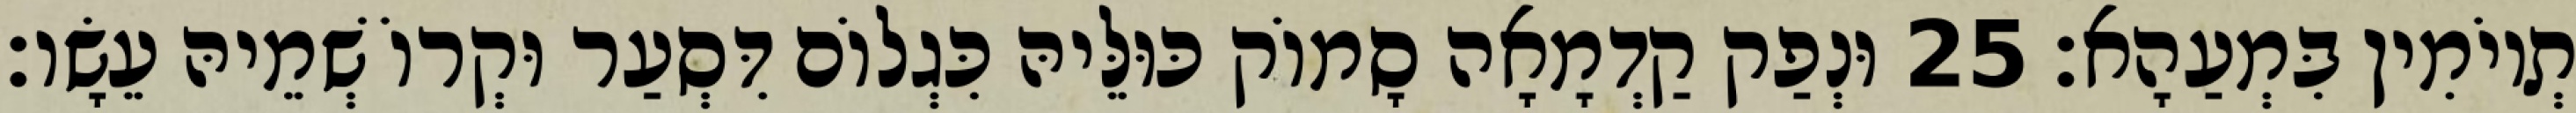
תְיוֹמִין בִּמְעַהָא׃ 25 וּנְפַק קַדְמָאָה סָמוֹק כּוּלֵּיהּ כִּגְלוֹם דִּסְעַר וּקְרוֹ שְׁמֵיהּ עֵשָׂו׃